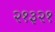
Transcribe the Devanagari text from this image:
२१३२१